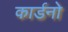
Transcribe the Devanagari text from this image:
कार्डनो